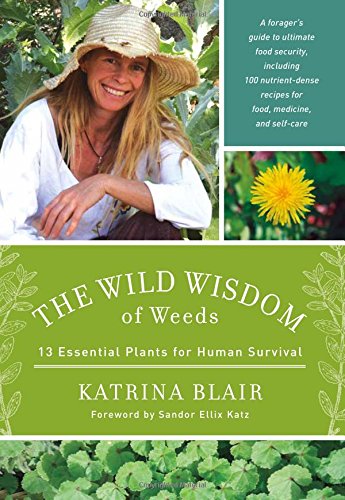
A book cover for The Wild Wisdom of Weeds: 13 Essential Plants for Human Survival; Katrina Blair; Cookbooks, Food & Wine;